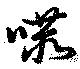
赫